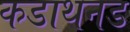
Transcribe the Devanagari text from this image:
कडाथनड